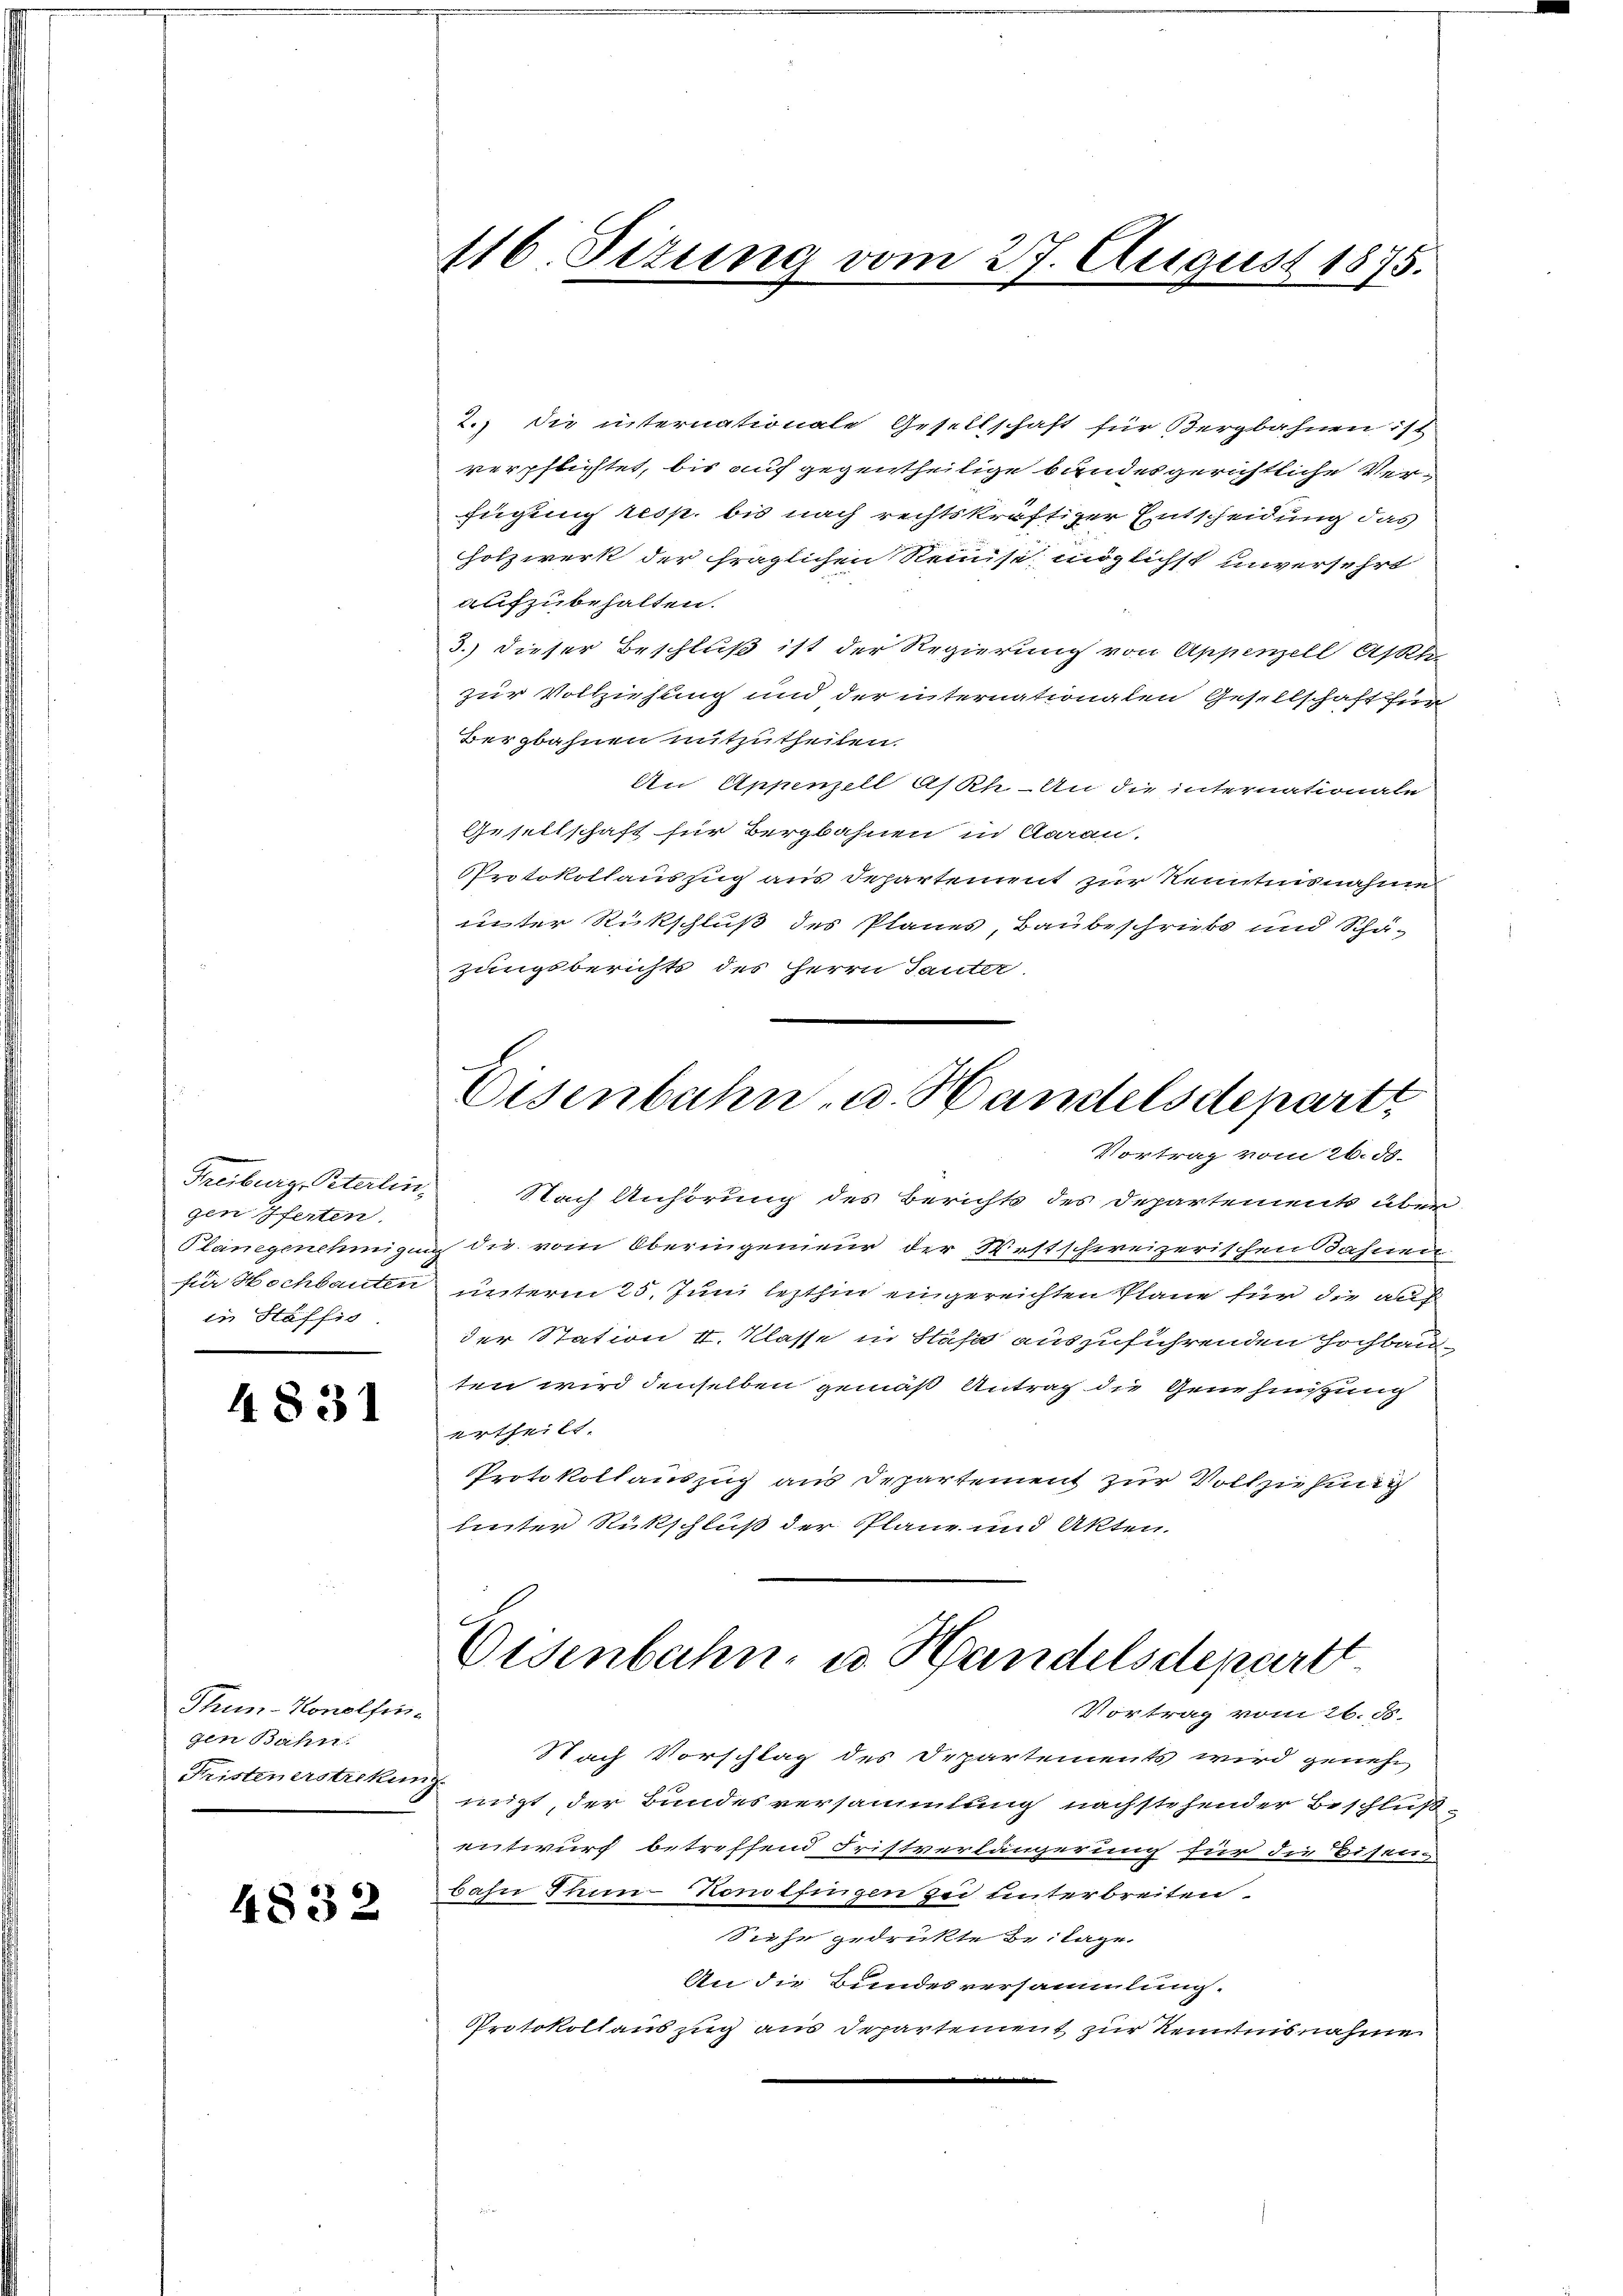
Freiburg, Peterlin
gen Pferten.
Planegenehmigen
für Hochbauten
in Stäffis

4831

Thum-Konolfingen Bahn.
Fristenerstrekung

4832

2.) Die internationale Gesellschaft für Bergbahnen ist
verpflichtet, bis auf gegentheilige bandesgerichtliche Verfügung resp. bis nach rechtskräftiger Entscheidung das
Holzwerk der fraglichen Reinist möglichst unversehrt
aufzubehalten.
3.) dieser Beschluß ist der Regierung von Appenzell Asth
zur Vollziehung und der internationalen Gesellschaft für
Bergbahnen mitzutheilen.
An Appenzell A/Rh. - An die internationale
Gesellschaft für Bergbahnen in Aarau.
PProtokollauszug aus Departement zur Kenntnisnahme
inter Rückschluß des Planes, Baubeschriebs und Schä-
zungsberichte des Herrn Sauter

116. Situng vom 27. August 1875.

Eisenbahn- u. Handelsdepartt
Vortrag vom 26. d.

Nach Anhörung des Berichts des Departement über
die vom Oberingenieur der Westschweizerischen Bahnen.
unterm 25. Juni lezthin eingereichten Pläne für die auf
der Station I. Klasse in Stäfa auszuführenden Hochbauten wird denselben gemäß Antrag die Genehmung
Urtheilt.
Protokollauszug aus Departement zur Vollziehung
hinter Rückschluß der Plane und Akten.

Eisenbahn, u. Handelsdepartt

Vortrag vom 26. d.
Nach Vorschlag des Departements wird geneh
migt, der Bundesversammlung nachstehender Beschluß-
entwurf betreffend Fristverlängerung für die Eisen
bahn Thun-Konolfingen zei unterbreiten
Siche gedrückte Beilage.
An die Bundesversammlung.
Protokollauszug aus Departement zur Kenntnisnahme